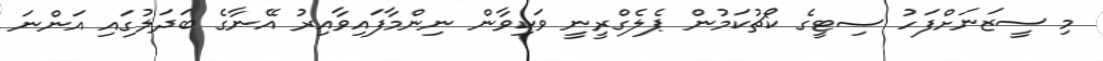
މި ސީޒަނަށްފަހު ސިޓީގެ ކޯޗުކަމުން ޕެލެގްރީނީ ވަކިވާން ނިންމާފައިވާއިރު އޭނާގެ ބަދަލުގައި އަންނަ